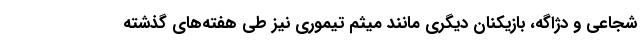
شجاعی و دژاگه، بازیکنان دیگری مانند میثم تیموری نیز طی هفته‌های گذشته